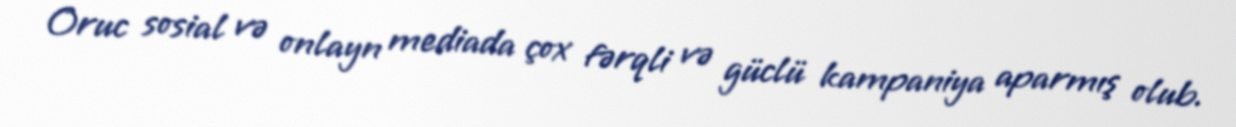
Oruc sosial və onlayn mediada çox fərqli və güclü kampaniya aparmış olub.